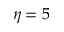
\eta = 5